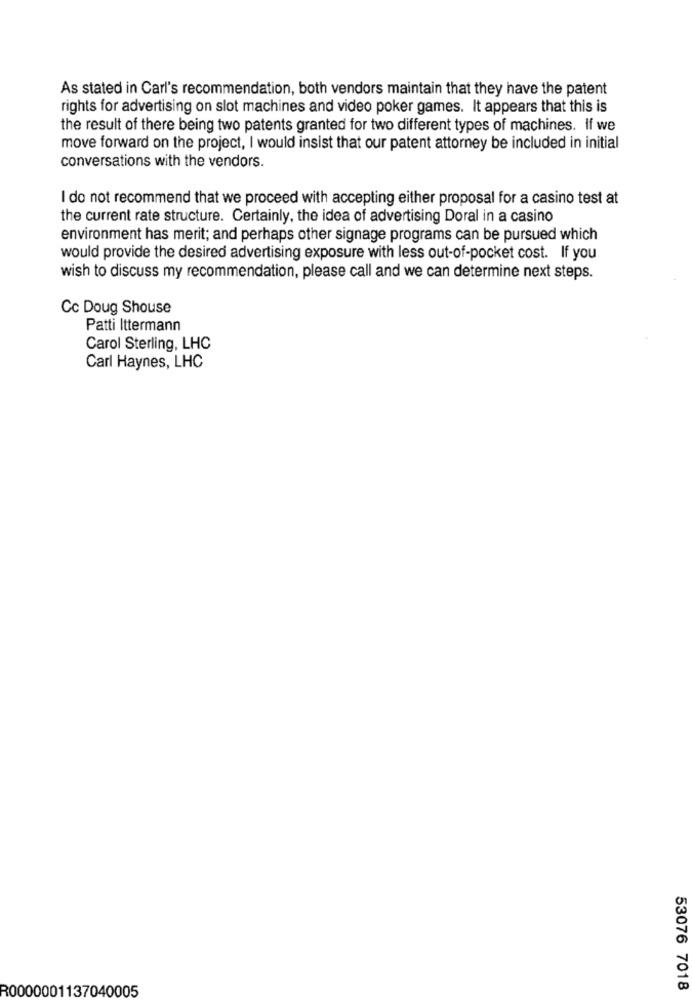
As stated in Carl's recommendation, both vendors maintain that they have the patent
rights for advertising on slot machines and video poker games. It appears that this is
the result of there being two patents granted for two different types of machines. If we
move forward on the project, I would insist that our patent attorney be included in initial
conversations with the vendors.
I do not recommend that we proceed with accepting either proposal for a casino test at
the current rate structure. Certainly, the idea of advertising Doral in a casino
environment has merit; and perhaps other signage programs can be pursued which
would provide the desired advertising exposure with less out-of-pocket cost. If you
wish to discuss my recommendation, please call and we can determine next steps.
Cc Doug Shouse
Patti Ittermann
Carol Sterling, LHC
Carl Haynes, LHC
R0000001137040005
53076 7018